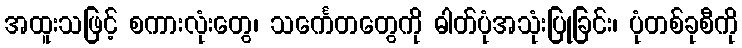
အထူးသဖြင့် စကားလုံးတွေ၊ သင်္ကေတတွေကို ဓါတ်ပုံအသုံးပြုခြင်း၊ ပုံတစ်ခုစီကို